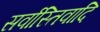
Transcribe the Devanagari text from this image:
सर्वास्तिवादि